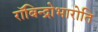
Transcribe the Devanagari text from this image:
रॉबिन्द्रोभारोति